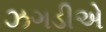
ઝગડીએ